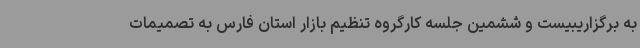
به برگزاریبیست و ششمین جلسه کارگروه تنظیم بازار استان فارس به تصمیمات